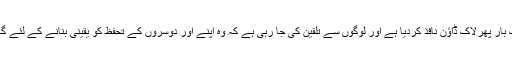
ذرائع نے بتایا کہ ان علاقوں میں بھی انتطامیہ نے کورونا کیسز میں اضافے کے پیش نظر ایک بار پھرلاک ڈاؤن نافذ کردیا ہے اور لوگوں سے تلقین کی جا رہی ہے کہ وہ اپنے اور دوسروں کے تحفظ کو یقینی بنانے کے لئے گائیڈ لائنز پر عمل پیرا ہونے کے ساتھ ساتھ گھروں سے باہر نکلنے سے حد درجہ احتراز کریں۔